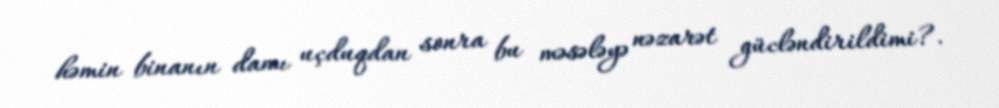
həmin binanın damı uçduqdan sonra bu məsələyə nəzarət gücləndirildimi?.